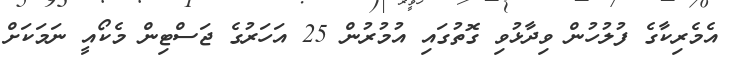
އެމެރިކާގެ ފުލުހުން ވިދާޅުވި ގޮތުގައި އުމުރުން 25 އަހަރުގެ ޖަސްޓިން މެކޯއީ ނަމަކަށް